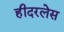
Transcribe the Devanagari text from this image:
हीदरलेस